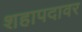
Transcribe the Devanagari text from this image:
शहापदावर